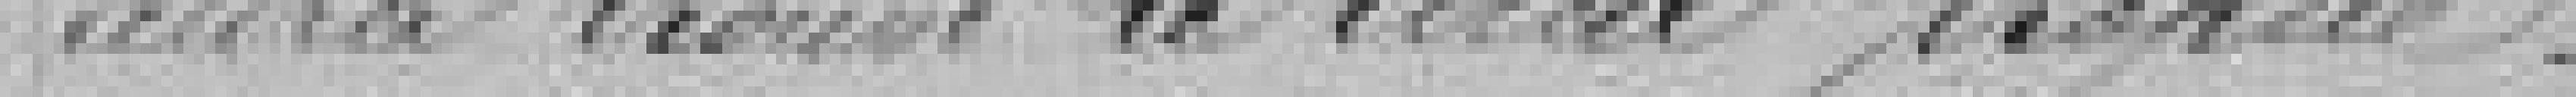
aura trouvé le local propice.